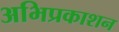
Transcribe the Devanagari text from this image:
अभिप्रकाशन